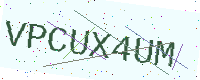
Text: VPCUX4UM